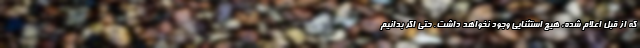
که از قبل اعلام شده، هیچ استثنایی وجود نخواهد داشت. حتی اگر بدانیم